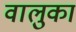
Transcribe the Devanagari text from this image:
वालुका